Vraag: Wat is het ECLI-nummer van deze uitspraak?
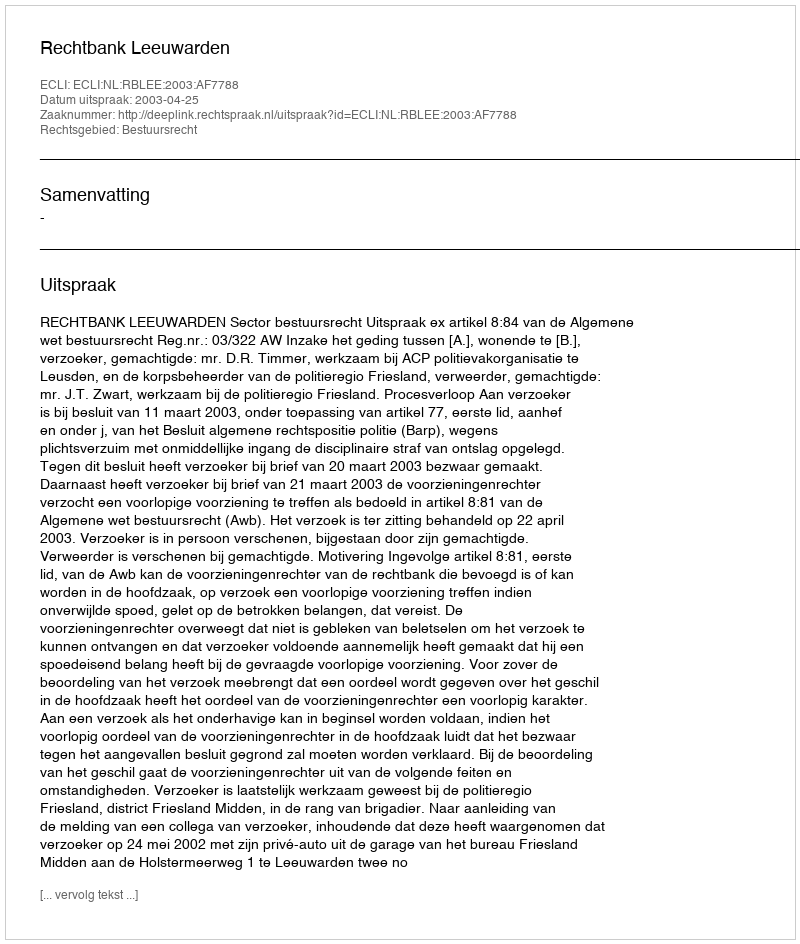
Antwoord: ECLI:NL:RBLEE:2003:AF7788